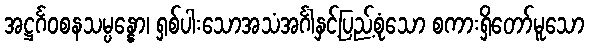
အဋ္ဌင်္ဂဝစနသမ္ပန္နော၊ ရှစ်ပါးသောအသံအင်္ဂါနှင့်ပြည့်စုံသော စကားရှိတော်မူသော